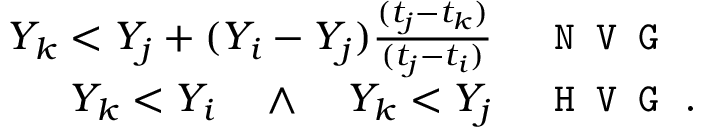
\begin{array} { r l } { Y _ { k } < Y _ { j } + ( Y _ { i } - Y _ { j } ) \frac { ( t _ { j } - t _ { k } ) } { ( t _ { j } - t _ { i } ) } } & { { } \texttt { N V G } } \\ { Y _ { k } < Y _ { i } \quad \wedge \quad Y _ { k } < Y _ { j } } & { { } \texttt { H V G . } } \end{array}